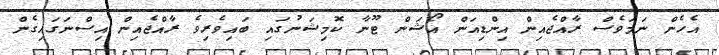
އެހެން ނަމަވެސް ރާއްޖެއިން އިންޑިއަން އޯޝަން ޓޫނާ ކޮމިޝަނުގައި ބައިވެރިވެ ރާއްޖެއިން އިސްނަގައިގެން